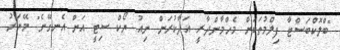
"ބްލޮކްބަސްޓާ ފިލްމުތަކަށް މެހްމާންދާރީ އަދާކުރަން ނިއު ޔޯކް ސިޓީ އަށް އެނގޭނެ" މޭޔަރު